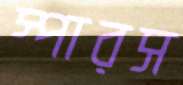
স্পারস